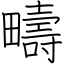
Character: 疇